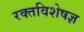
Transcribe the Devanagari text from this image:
रक्तविशेषज्ञ